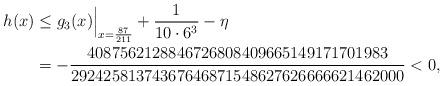
LaTeX: \begin{align*}h(x)&\le g_3(x)\Bigr|_{x=\frac{87}{211}} + \frac1{10\cdot 6^3}- \eta\\&=-\frac{4087562128846726808409665149171701983}{29242581374367646871548627626666621462000}<0,\end{align*}